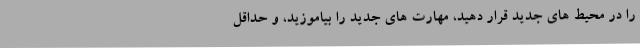
را در محیط های جدید قرار دهید، مهارت های جدید را بیاموزید، و حداقل